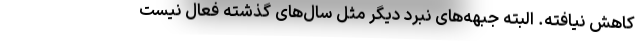
کاهش نیافته. البته جبهه‌های نبرد دیگر مثل سال‌های گذشته فعال نیست